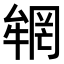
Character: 𠬏